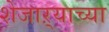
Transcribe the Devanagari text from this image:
शेजाऱ्याच्या